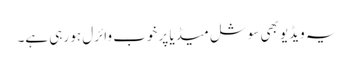
یہ ویڈیو بھی سوشل میڈیا پر خوب وائرل ہو رہی ہے۔